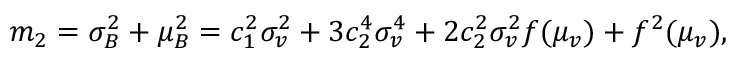
\begin{array} { r } { m _ { 2 } = \sigma _ { B } ^ { 2 } + \mu _ { B } ^ { 2 } = c _ { 1 } ^ { 2 } \sigma _ { v } ^ { 2 } + 3 c _ { 2 } ^ { 4 } \sigma _ { v } ^ { 4 } + 2 c _ { 2 } ^ { 2 } \sigma _ { v } ^ { 2 } f ( \mu _ { v } ) + f ^ { 2 } ( \mu _ { v } ) , } \end{array}